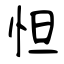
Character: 怛